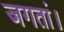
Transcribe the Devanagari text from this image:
जगतां।